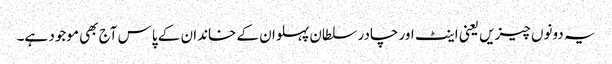
یہ دونوں چیزیں یعنی اینٹ اور چادر سلطان پہلوان کے خاندان کے پاس آج بھی موجود ہے۔